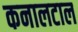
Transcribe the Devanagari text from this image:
कनालटाल